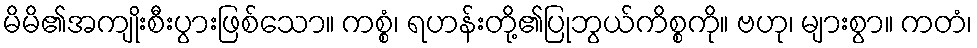
မိမိ၏အကျိုးစီးပွားဖြစ်သော။ ကစ္စံ၊ ရဟန်းတို့၏ပြုဘွယ်ကိစ္စကို။ ဗဟု၊ များစွာ။ ကတံ၊